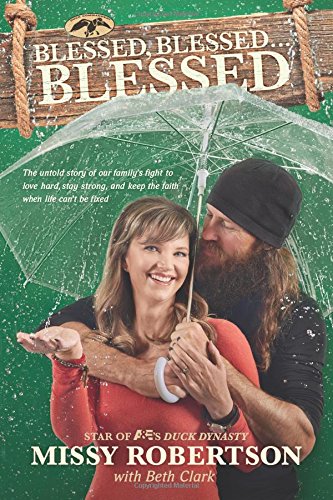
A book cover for Blessed, Blessed . . . Blessed: The Untold Story of Our Family's Fight to Love Hard, Stay Strong, and Keep the Faith When Life Can't Be Fixed; Missy Robertson; Parenting & Relationships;